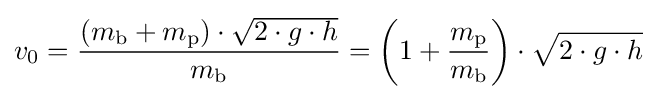
v_{0}={\frac {(m_{\textrm {b}}+m_{\textrm {p}})\cdot {\sqrt {2\cdot g\cdot h}}}{m_{\textrm {b}}}}=\left(1+{\frac {m_{\textrm {p}}}{m_{\textrm {b}}}}\right)\cdot {\sqrt {2\cdot g\cdot h}}